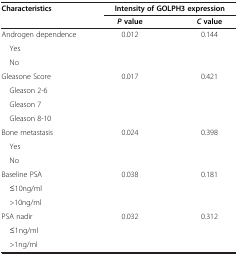
<table><thead><tr><td><b>Characteristics</b></td><td colspan="2"><b>Intensity of GOLPH3 expression</b></td></tr><tr><td><b> </b></td><td><b><i>P </i>value</b></td><td><b><i>C </i>value</b></td></tr></thead><tbody><tr><td>Androgen dependence</td><td>0.012</td><td>0.144</td></tr><tr><td> Yes</td><td> </td><td> </td></tr><tr><td> No</td><td> </td><td> </td></tr><tr><td>Gleasone Score</td><td>0.017</td><td>0.421</td></tr><tr><td> Gleason 2-6</td><td> </td><td> </td></tr><tr><td> Gleason 7</td><td> </td><td> </td></tr><tr><td> Gleason 8-10</td><td> </td><td> </td></tr><tr><td>Bone metastasis</td><td>0.024</td><td>0.398</td></tr><tr><td> Yes</td><td> </td><td> </td></tr><tr><td> No</td><td> </td><td> </td></tr><tr><td>Baseline PSA</td><td>0.038</td><td>0.181</td></tr><tr><td> ≤10ng/ml</td><td> </td><td> </td></tr><tr><td> &gt;10ng/ml</td><td> </td><td> </td></tr><tr><td>PSA nadir</td><td>0.032</td><td>0.312</td></tr><tr><td> ≤1ng/ml</td><td> </td><td> </td></tr><tr><td> &gt;1ng/ml</td><td> </td><td> </td></tr></tbody></table>